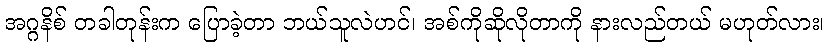
အဂ္ဂနိစ် တခါတုန်းက ပြောခဲ့တာ ဘယ်သူလဲဟင်၊ အစ်ကိုဆိုလိုတာကို နားလည်တယ် မဟုတ်လား၊